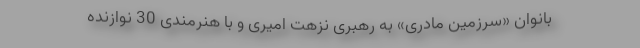
بانوان «سرزمین مادری» به رهبری نزهت امیری و با هنرمندی 30 نوازنده